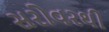
સરોવરથી